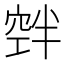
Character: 𮄃